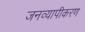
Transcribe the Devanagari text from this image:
जनव्यापीकरण